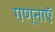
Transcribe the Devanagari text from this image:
गण्नाऍ